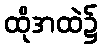
ထိုအထဲ၌